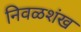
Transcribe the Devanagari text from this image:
निवळशंख